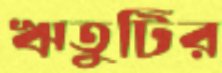
ঋতুটির